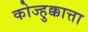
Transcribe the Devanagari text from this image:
कोज्हुक्कात्ता